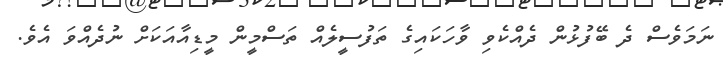
ނަމަވެސް ދެ ބޭފުޅުން ދެއްކެވި ވާހަކައިގެ ތަފުސީލެއް ތަސްމީން މީޑިއާއަކަށް ނުދެއްވަ އެވެ.